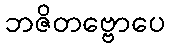
ဘဇိတဗ္ဗောပေ